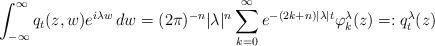
LaTeX: \begin{align*}\int_{-\infty}^{\infty}q_t(z,w)e^{i\lambda w}\,dw=(2\pi)^{-n}|\lambda|^n\sum_{k=0}^{\infty}e^{-(2k+n)|\lambda|t}\varphi_k^{\lambda}(z)=:q_t^{\lambda}(z)\end{align*}